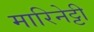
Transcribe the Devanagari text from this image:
मारिनेट्टी